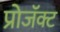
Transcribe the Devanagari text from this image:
प्रोजॅक्ट